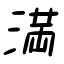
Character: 満